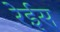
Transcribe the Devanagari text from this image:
रेईस